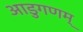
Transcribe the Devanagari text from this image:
आडुगणम्